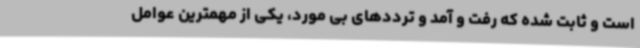
است و ثابت شده که رفت و آمد و ترددهای بی مورد، یکی از مهمترین عوامل